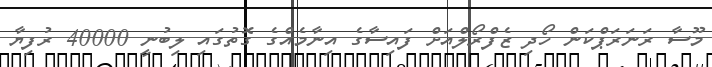
މޫސާ ރަނަރަޕްކަން ހޯދި ޒެފްރޯލްއަށް ފައިސާގެ އިނާމެއްގެ ގޮތުގައި ލިބުނީ 40000 ރުފިޔާ